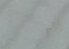
مسبقا